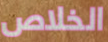
الخلاص